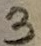
Text: 3